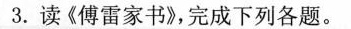
3.读《傅雷家书》，完成下列各题。